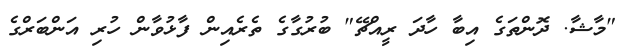
"މާޝާ. ދޮންތަގެ އިބާ ހާދަ ރީއްޗޭ" ބުރުގާގެ ތެރެއިން ފާޅުވާން ހުރި އަންބަރްގެ